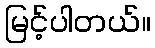
မြင့်ပါတယ်။